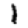
Digit: 1